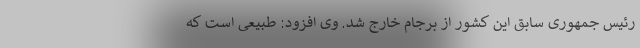
رئیس جمهوری سابق این کشور از برجام خارج شد. وی افزود: طبیعی است که